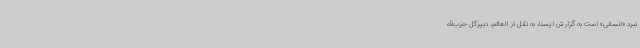
نبرد «انسانی» است به گزارش ایسنا، به نقل از العالم، دبیرکل حزب‌الله